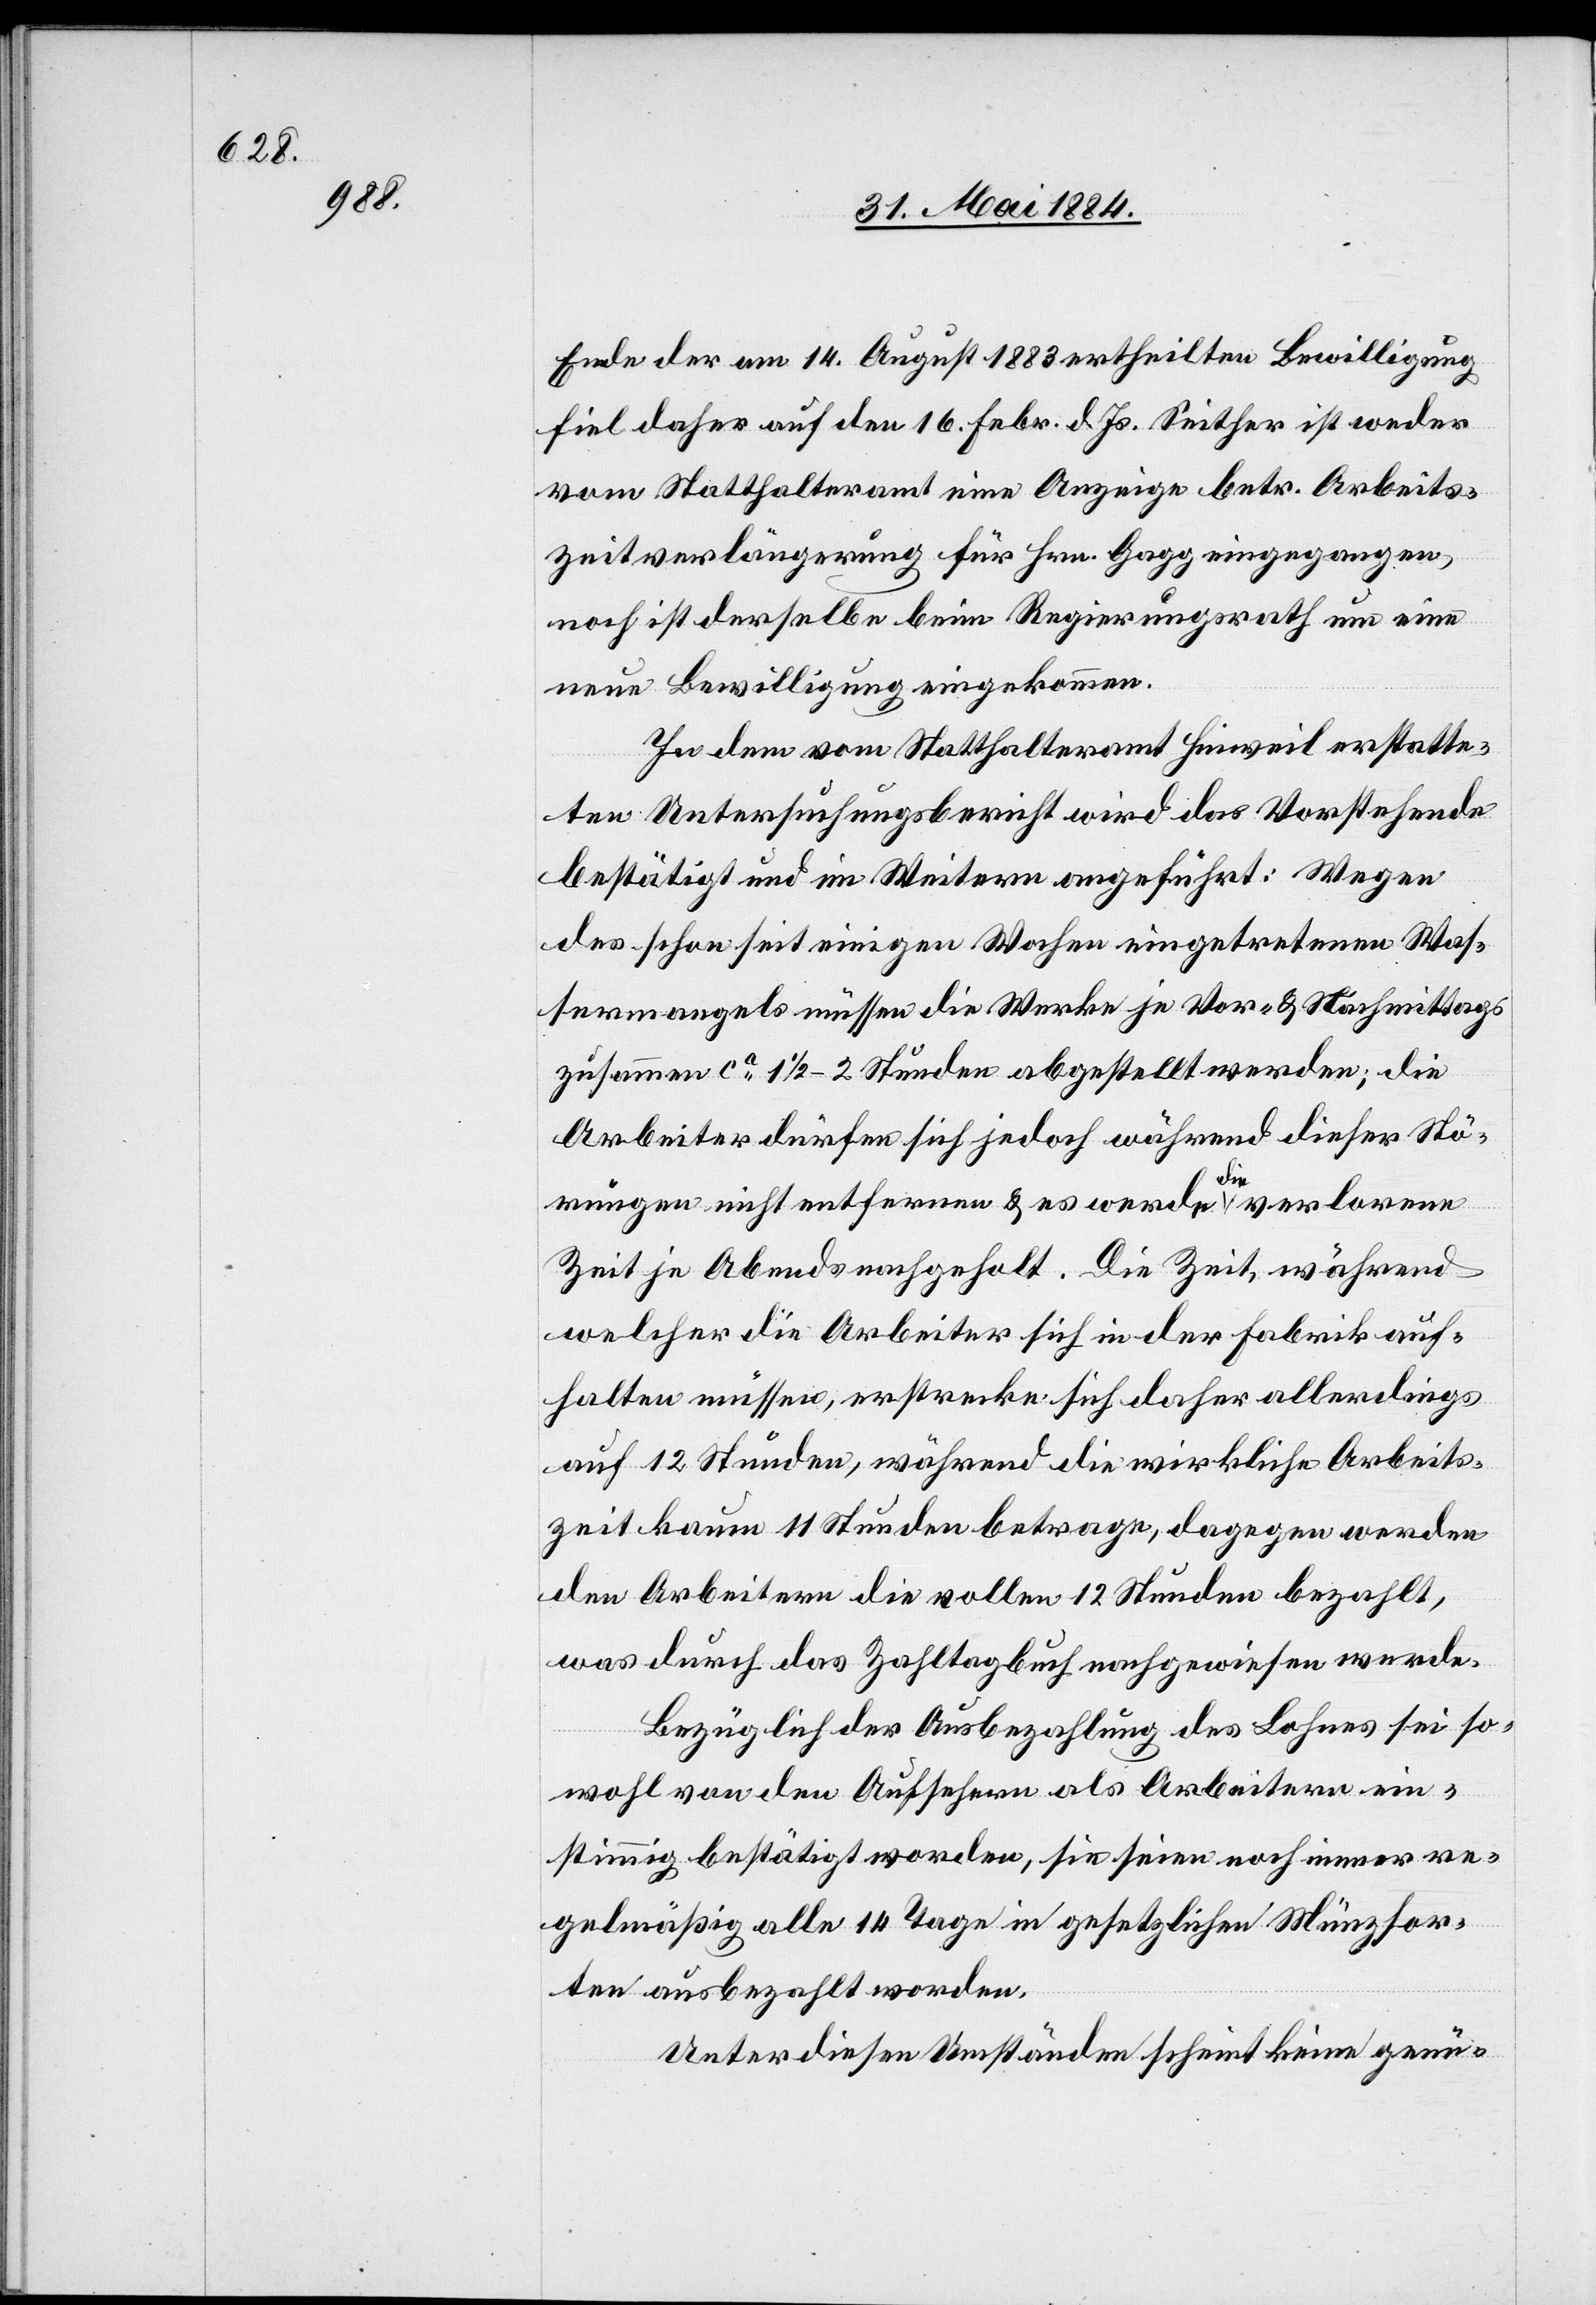
Ende der am 14. August 1883 ertheilten Bewilligung
fiel daher auf den 16. Febr. d. Js. Seither ist weder
vom Statthalteramt eine Anzeige betr. Arbeits¬
zeitverlängerung für Hrn. Gagg eingegangen,
noch ist derselbe beim Regierungsrath um eine
neue Bewilligung eingekommen.
In dem vom Statthalteramt Hinweil erstatte¬
ten Untersuchungsbericht wird das Vorstehende
bestätigt und im Weitern angeführt: Wegen
des schon seit einigen Wochen eingetretenen Was¬
sermangels müssen die Werke je Vor- & Nachmittags
zusammen ca 1 1/2–2 Stunden abgestellt werden; die
Arbeiter dürfen sich jedoch während dieser Stö¬
rungen nicht entfernen & es werde die verlorene
Zeit je Abends nachgeholt. Die Zeit, während
welcher die Arbeiter sich in der Fabrik auf¬
halten müssen, erstrecke sich daher allerdings
auf 12 Stunden, während die wirkliche Arbeits¬
zeit kaum 11 Stunden betrage, dagegen werden
den Arbeitern die vollen 12 Stunden bezahlt,
was durch das Zahltagbuch nachgewiesen wurde.
Bezüglich der Ausbezahlung des Lohnes sei so¬
wohl von den Aufsehern als Arbeitern ein¬
stimmig bestätigt worden, sie seien noch immer re¬
gemäßig alle 14 Tage in gesetzlichen Münzsor¬
ten ausbezahlt worden.
Unter diesen Umständen scheint keine genü-